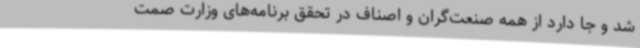
شد و جا دارد از همه صنعت‌گران و اصناف در تحقق برنامه‌های وزارت صمت